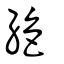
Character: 絕